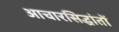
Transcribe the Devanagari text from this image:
आचारसिद्धांतों